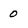
Character: 0